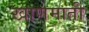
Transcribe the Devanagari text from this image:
खाणमाती